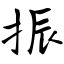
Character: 振